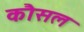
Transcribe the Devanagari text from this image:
कौसल